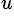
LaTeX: ^{u}